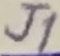
Text: J1